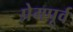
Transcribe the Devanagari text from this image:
प्रेमपूर्व